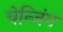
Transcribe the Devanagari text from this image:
चेन्जिंग